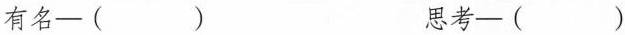
有名—（）思考—（）